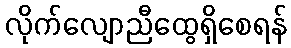
လိုက်လျောညီထွေရှိစေရန်